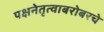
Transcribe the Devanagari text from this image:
पक्षनेतृत्वाबरोबरचे